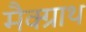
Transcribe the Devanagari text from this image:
मैक्ग्राथ